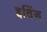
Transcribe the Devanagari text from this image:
इविंग